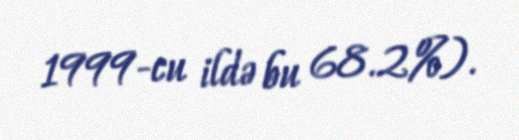
1999-cu ildə bu 68.2%).